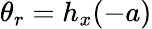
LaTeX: \theta_{r}=h_{x}(-a)